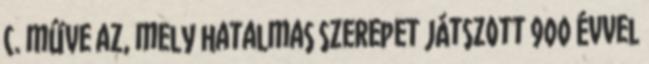
c. műve az, mely hatalmas szerepet játszott 900 évvel